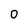
Character: 0